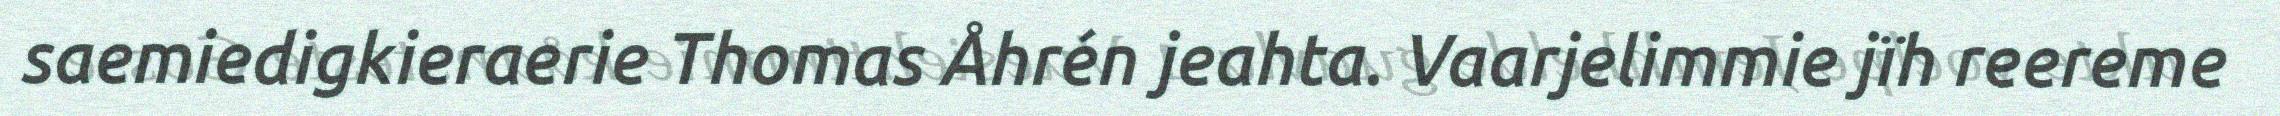
saemiedigkieraerie Thomas Åhrén jeahta. Vaarjelimmie jïh reereme